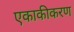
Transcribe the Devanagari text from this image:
एकाकीकरण